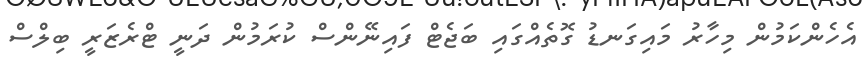
އެހެންކަމުން މިހާރު މައިގަނޑު ގޮތެއްގައި ބަޖެޓް ފައިނޭންސް ކުރަމުން ދަނީ ޓްރެޒަރީ ބިލްސް